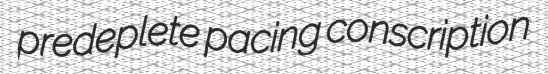
predeplete pacing conscription